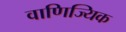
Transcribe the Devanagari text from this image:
वाणिज्यिक